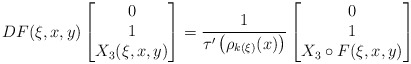
\begin{align*}D F ( \xi , x , y )\left[\begin{matrix}0 \\1 \\X _3 ( \xi , x , y )\end{matrix}\right]= \frac{1}{\tau ' \left( \rho _{k (\xi)} (x) \right)} \left[\begin{matrix}0 \\1 \\X _3 \circ F ( \xi , x , y )\end{matrix}\right]\end{align*}